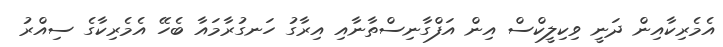
އެމެރިކާއިން ދަނީ ވިކިލީކްސް އިން އަފްގާނިސްތާނާއި އިރާގު ހަނގުރާމައާ ބެހޭ އެމެރިކާގެ ސިއްރު